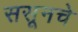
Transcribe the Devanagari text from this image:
ससूनचे